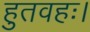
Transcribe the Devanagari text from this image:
हुतवहः।